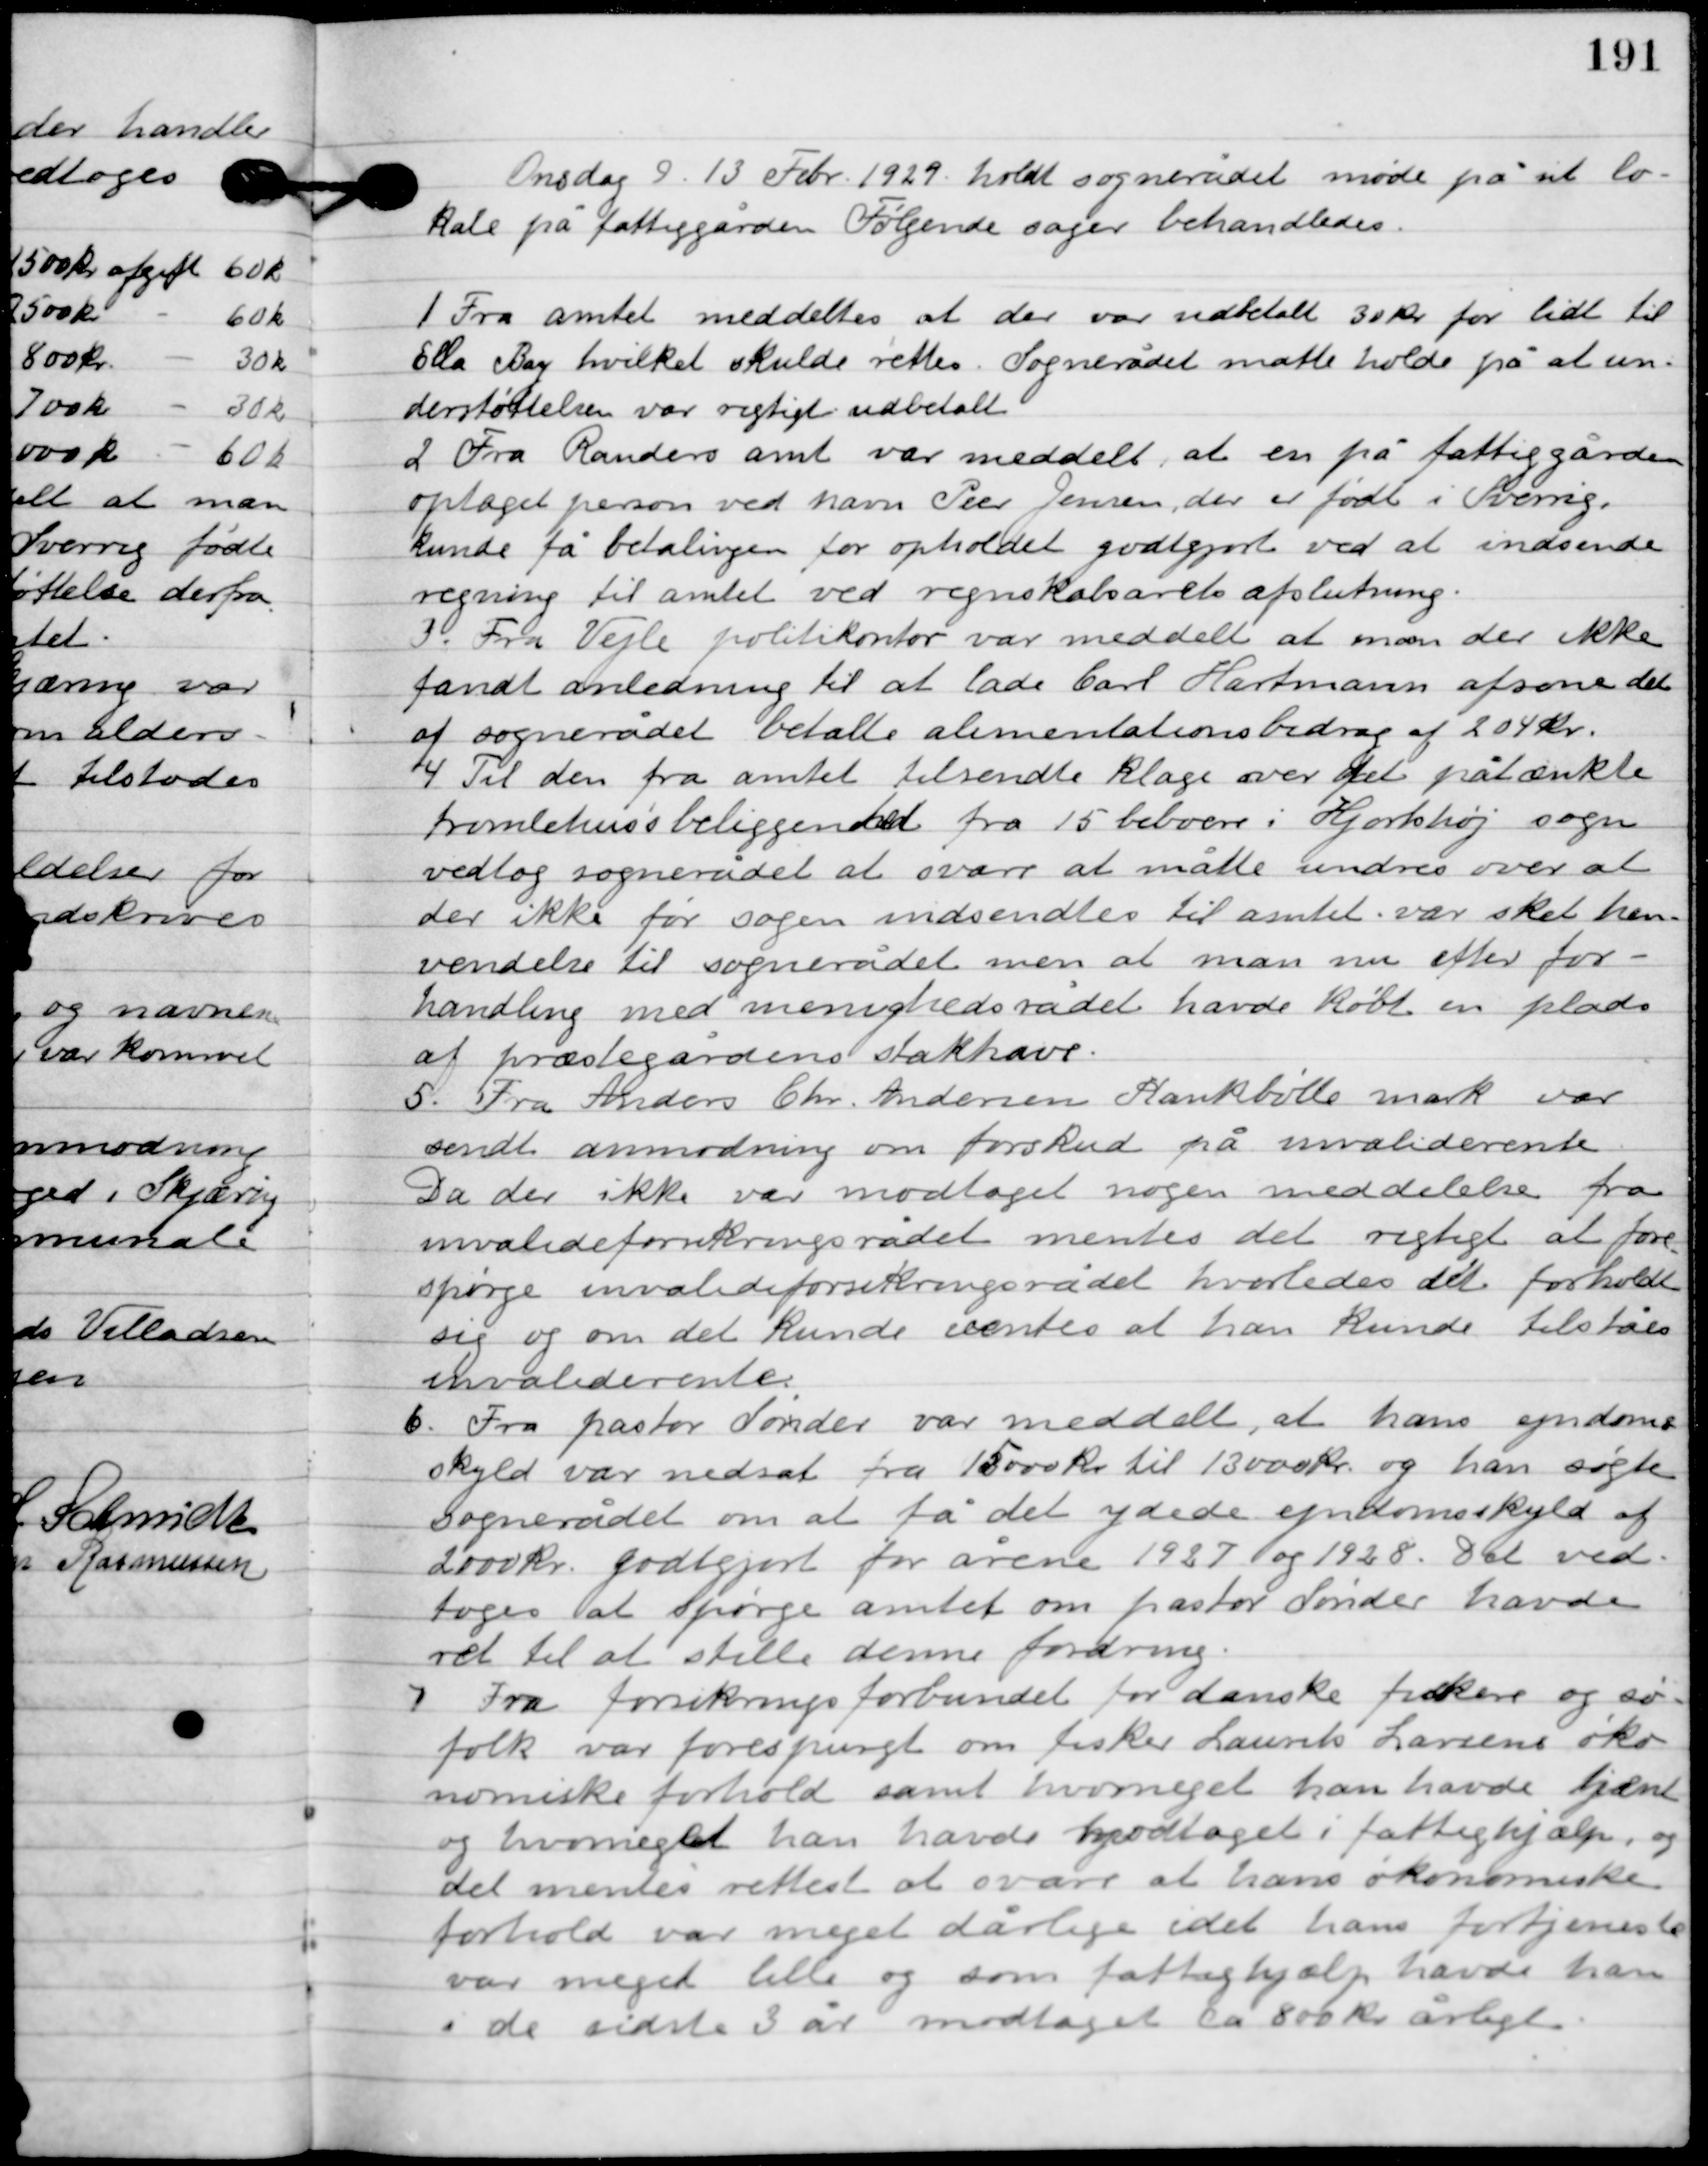
Transskription:
Onsdag D. 13. Febr. 1929. holdt sognerådet møde på sit lo-
kale på fattiggård, hvor følgende sager behandledes.

1

Fra amtet meddeles at der var udbetalt 30 kr. for lidt til
Ella Bay hvilket skulde rettes. Sognerådet måtte holde på at un-
derstøttelsen var rigtigt udbetalt.

2

Fra Randers amt var meddelt at en på fattiggården
optaget person ved navn Peer Jensen der er født i Sverrig,
kunde få betaling for opholdet godtgjort ved at indsende
regning til amtet ved regnskabsårets afslutning.

3

Fra Vejle politikontor var meddelt at man der ikke
fandt anledning til at lade Carl Hartmann afsone det
af sognerådet betalte alimentationsbidrag af 204 kr.

4

Til den fra amtet tilsendte klage over det påtænkte
tromlehus´s beliggende fra 15 beboere i Hjortshøj sogn
vedtog sognerådet at svare at måtte undres over at
der ikke før sagen indsendtes til amtet vat sket hen-
vendelse til sognerådet men at man nu efter for-
handling med menighedsrådet havde købt en plads
af præstegårdens stakhave.

5

Fra Anders Chr. Andersen Kankbølle mark var
sendt anmodning om forskud på invalide rente.
 Da der ikke var modtaget nogen meddelelse fra
invalideforsikringsrådet mentes det rigtigt at fore-
spørge invalideforsikringsrådet hvorledes det forholdt
sig og om den kunde ventes at han kunde tilståes
invalide rente.

6

Fra pastor Sønder var meddelt, at has ejendoms-
skyld var nedsat fra 15.000 kr. til 13.000 kr. og han søgte
sognerådet om at få det ydede ejendomsskyld af
2000 kr. godtgjort for årene 1927 og 1928. Det ved-
toges at spørge amtet om pastor Sønder havde
ret til at stille denne fordring.

7

Fra forsikringsforbundet for danske fiskere og sø-
folk var forespurgt om fisker Laurits Larsens øko-
nomiske forhold samt hvor meget han havde tjent
og hvor meget han havde modtaget i fattighjælp, og
det mentes rettest at svare at hans økonomiske
forhold var meget dårlige idet hans fortjeneste
var meget lille og som fattighjælp havde han
i de sidste 3 år modtaget ca. 800 kr. årligt.